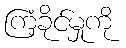
ကြံ့ခိုင်မှုကို